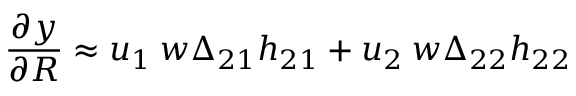
\frac { \partial y } { \partial R } \approx u _ { 1 } \: w \Delta _ { 2 1 } h _ { 2 1 } + u _ { 2 } \: w \Delta _ { 2 2 } h _ { 2 2 }